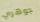
جوهري